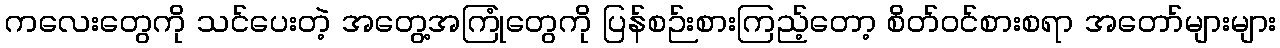
ကလေးတွေကို သင်ပေးတဲ့ အတွေ့အကြုံတွေကို ပြန်စဉ်းစားကြည့်တော့ စိတ်ဝင်စားစရာ အတော်များများ